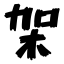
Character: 架